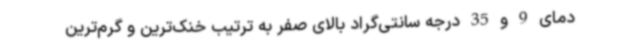
دمای 9 و 35 درجه سانتی‌گراد بالای صفر به ترتیب خنک‌ترین و گرم‌ترین